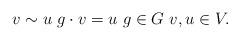
LaTeX: \begin{align*}v\sim u\ g\cdot v=u\ g\in G\ v, u\in V.\end{align*}